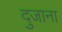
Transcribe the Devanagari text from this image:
दुजाना